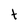
Character: t